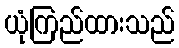
ယုံကြည်ထားသည်